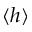
\langle h \rangle